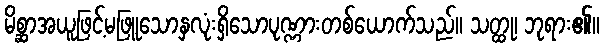
မိစ္ဆာအယူဖြင့်မဖြူသောနှလုံးရှိသောပုဏ္ဏားတစ်ယောက်သည်။ သတ္ထု၊ ဘုရား၏။